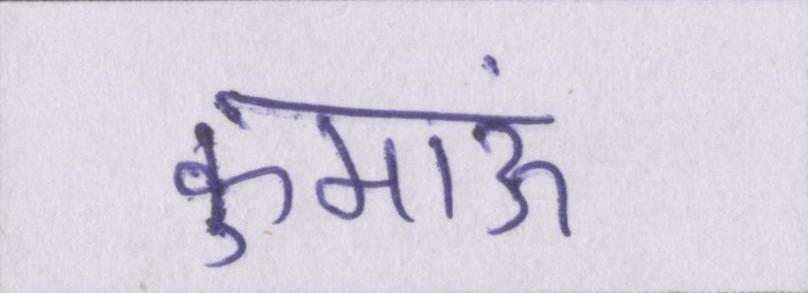
कुमाऊं